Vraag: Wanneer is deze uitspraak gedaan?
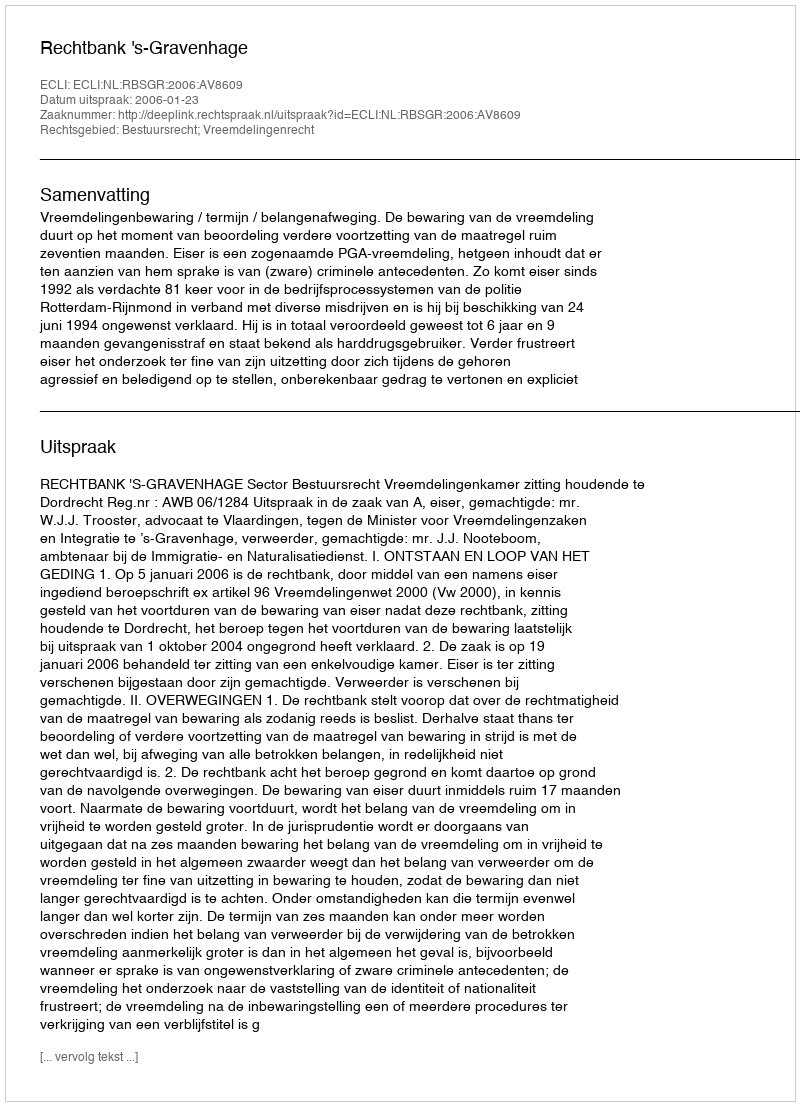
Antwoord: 2006-01-23